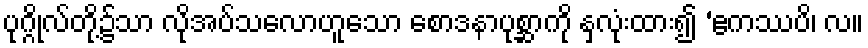
ပုဂ္ဂိုလ်တို့၌သာ လိုအပ်သလောဟူသော စောဒနာပုစ္ဆာကို နှလုံးထား၍ ‘ဧကဿပိ၊ လ။